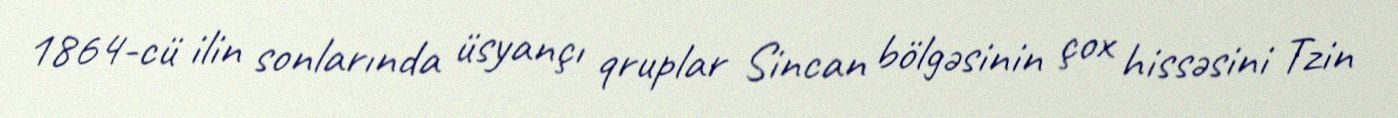
1864-cü ilin sonlarında üsyançı qruplar Sincan bölgəsinin çox hissəsini Tzin